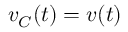
v _ { C } ( t ) = v ( t )